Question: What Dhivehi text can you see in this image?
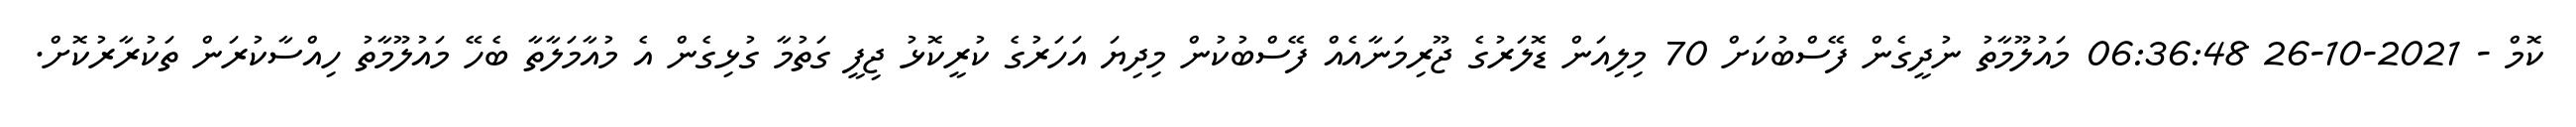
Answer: ކޮމް - 2021-10-26 06:36:48 މައުލޫމާތު ނުދީގެން ފޭސްބުކަށް 70 މިލިއަން ޑޮލަރުގެ ޖޫރިމަނާއެއް ފޭސްބުކުން މިދިޔަ އަހަރުގެ ކުރީކޮޅު ޖިފީ ގަތުމާ ގުޅިގެން އެ މުއާމަލާތާ ބެހޭ މައުލޫމާތު ހިއްސާކުރަން ތަކުރާރުކޮށް.